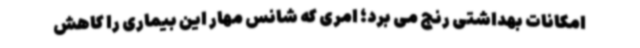
امکانات بهداشتی رنج می برد؛ امری که شانس مهار این بیماری را کاهش